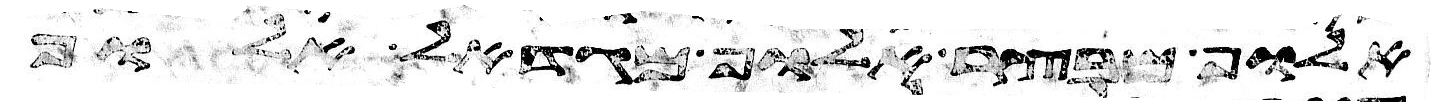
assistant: אלוף מבצר אלוף מגדאל אלוף